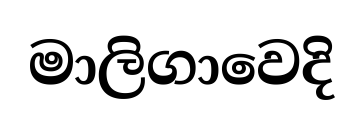
මාලිගාවෙදි